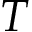
T